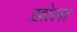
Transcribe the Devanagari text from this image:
ख़ोला